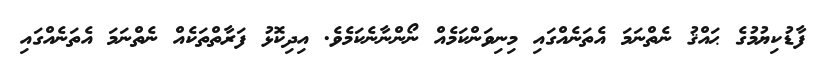
ފާޑުކިޔުމުގެ ޙައްޤު ނެތްނަމަ އެތަނެއްގައި މިނިވަންކަމެއް ނޯންނާނެކަމެވެ. އިދިކޮޅު ފަރާތްތަކެއް ނެތްނަމަ އެތަނެއްގައި